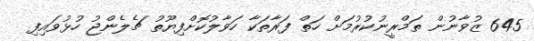
645 ޒުވާނުން ތަމްރީނުކުރުމަށް ހަތް ފަރާތަކާ ހަވާލުކޮށްފިޔޫތު ޗެލެންޖު ހުޅުވައިފި